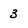
Character: 3